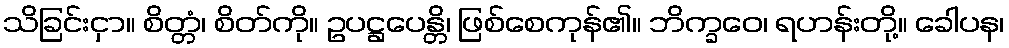
သိခြင်းငှာ။ စိတ္တံ၊ စိတ်ကို။ ဥပဋ္ဌပေန္တိ၊ ဖြစ်စေကုန်၏။ ဘိက္ခဝေ၊ ရဟန်းတို့။ ခေါပန၊